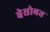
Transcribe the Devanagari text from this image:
बेसोबत